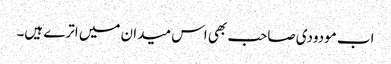
اب مودودی صاحب بھی اس میدان میں اترے ہیں۔